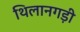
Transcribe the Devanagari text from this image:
थिलानगड़ी